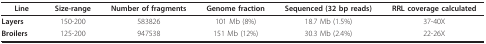
| Line | Size-range | Number of fragments | Genome fraction | Sequenced (32 bp reads) | RRL coverage calculated |
 | --- | --- | --- | --- | --- | --- |
 | Layers | 150-200 | 583826 | 101 Mb (8%) | 18.7 Mb (1.5%) | 37-40X |
 | Broilers | 125-200 | 947538 | 151 Mb (12%) | 30.3 Mb (2.4%) | 22-26X |